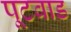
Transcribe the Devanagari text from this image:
पूटवाड